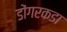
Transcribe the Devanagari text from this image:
डोंगरकडा